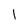
Character: l